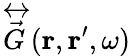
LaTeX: \overleftrightarrow{\vec{G}}(\mathbf{r},\mathbf{r}^{\prime},\omega)